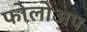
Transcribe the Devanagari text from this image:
फोलोअप